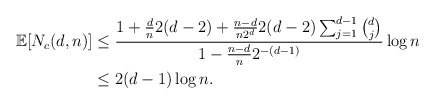
\begin{align*}\mathbb{E}[N_c(d,n)]&\le \frac{1+\frac{d}{n}2(d-2)+\frac{n-d}{n2^d}2(d-2)\sum_{j=1}^{d-1}\binom{d}{j}}{1-\frac{n-d}{n}2^{-(d-1)}}\log n\\&\le 2(d-1)\log n.\end{align*}